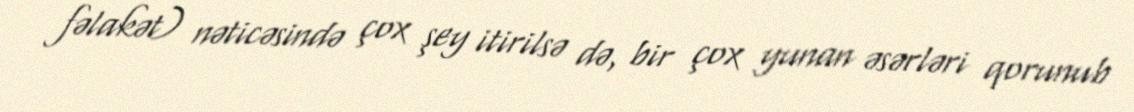
fəlakət) nəticəsində çox şey itirilsə də, bir çox yunan əsərləri qorunub